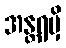
အန္တရမှိ